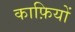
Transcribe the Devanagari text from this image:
काफ़ियों